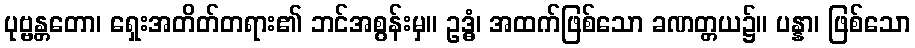
ပုဗ္ဗန္တတော၊ ရှေးအတိတ်တရား၏ ဘင်အစွန်းမှ။ ဥဒ္ဓံ၊ အထက်ဖြစ်သော ခဏတ္တယ၌။ ပန္နာ၊ ဖြစ်သော